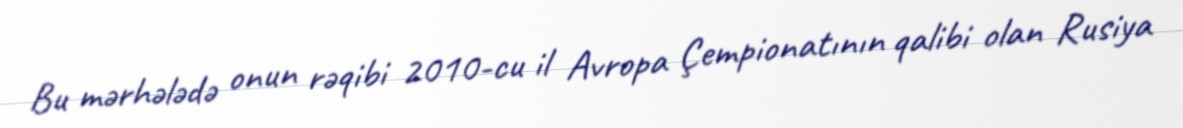
Bu mərhələdə onun rəqibi 2010-cu il Avropa Çempionatının qalibi olan Rusiya